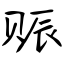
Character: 赈